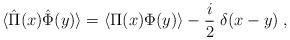
LaTeX: \begin{align*}\langle \hat{\Pi}(x) \hat{\Phi}(y) \rangle =\langle \Pi (x) \Phi (y) \rangle - {i \over 2}\;\delta (x-y) \;,\end{align*}